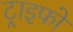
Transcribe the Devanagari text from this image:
ट्राइफो